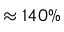
\approx 1 4 0 \%